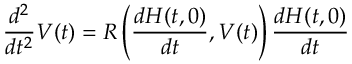
\frac { d ^ { 2 } } { d t ^ { 2 } } V ( t ) = R \left( \frac { d H ( t , 0 ) } { d t } , V ( t ) \right) \frac { d H ( t , 0 ) } { d t }